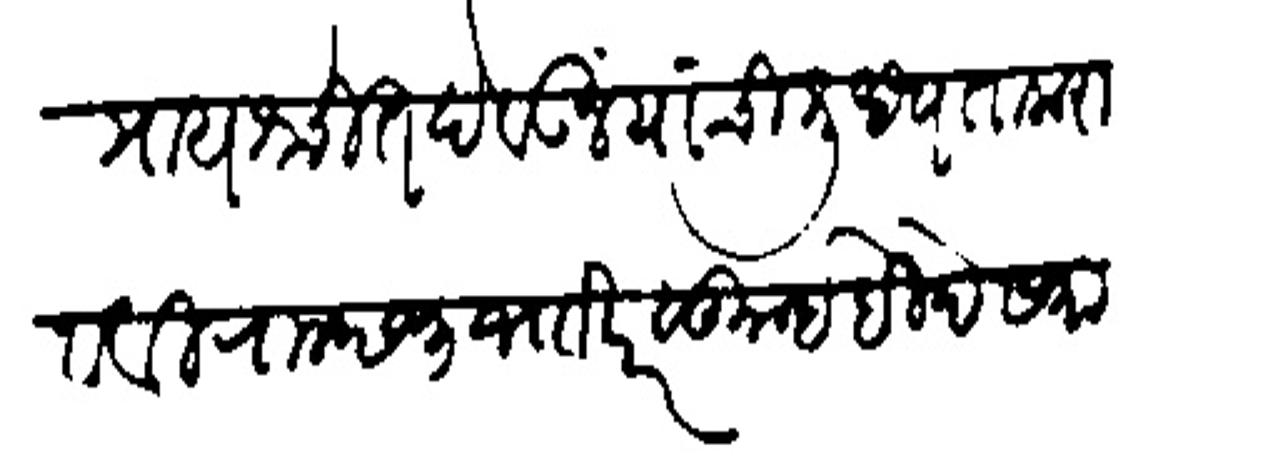
Transliteration (Devanagari): प्रायश्चित्त देवून यांची शुप्यता करावावी राा छ ३ जााखर सुाा इहिदे समानीन